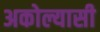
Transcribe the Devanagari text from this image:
अकोल्यासी